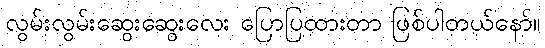
လွမ်းလွမ်းဆွေးဆွေးလေး ပြောပြထားတာ ဖြစ်ပါတယ်နော်။